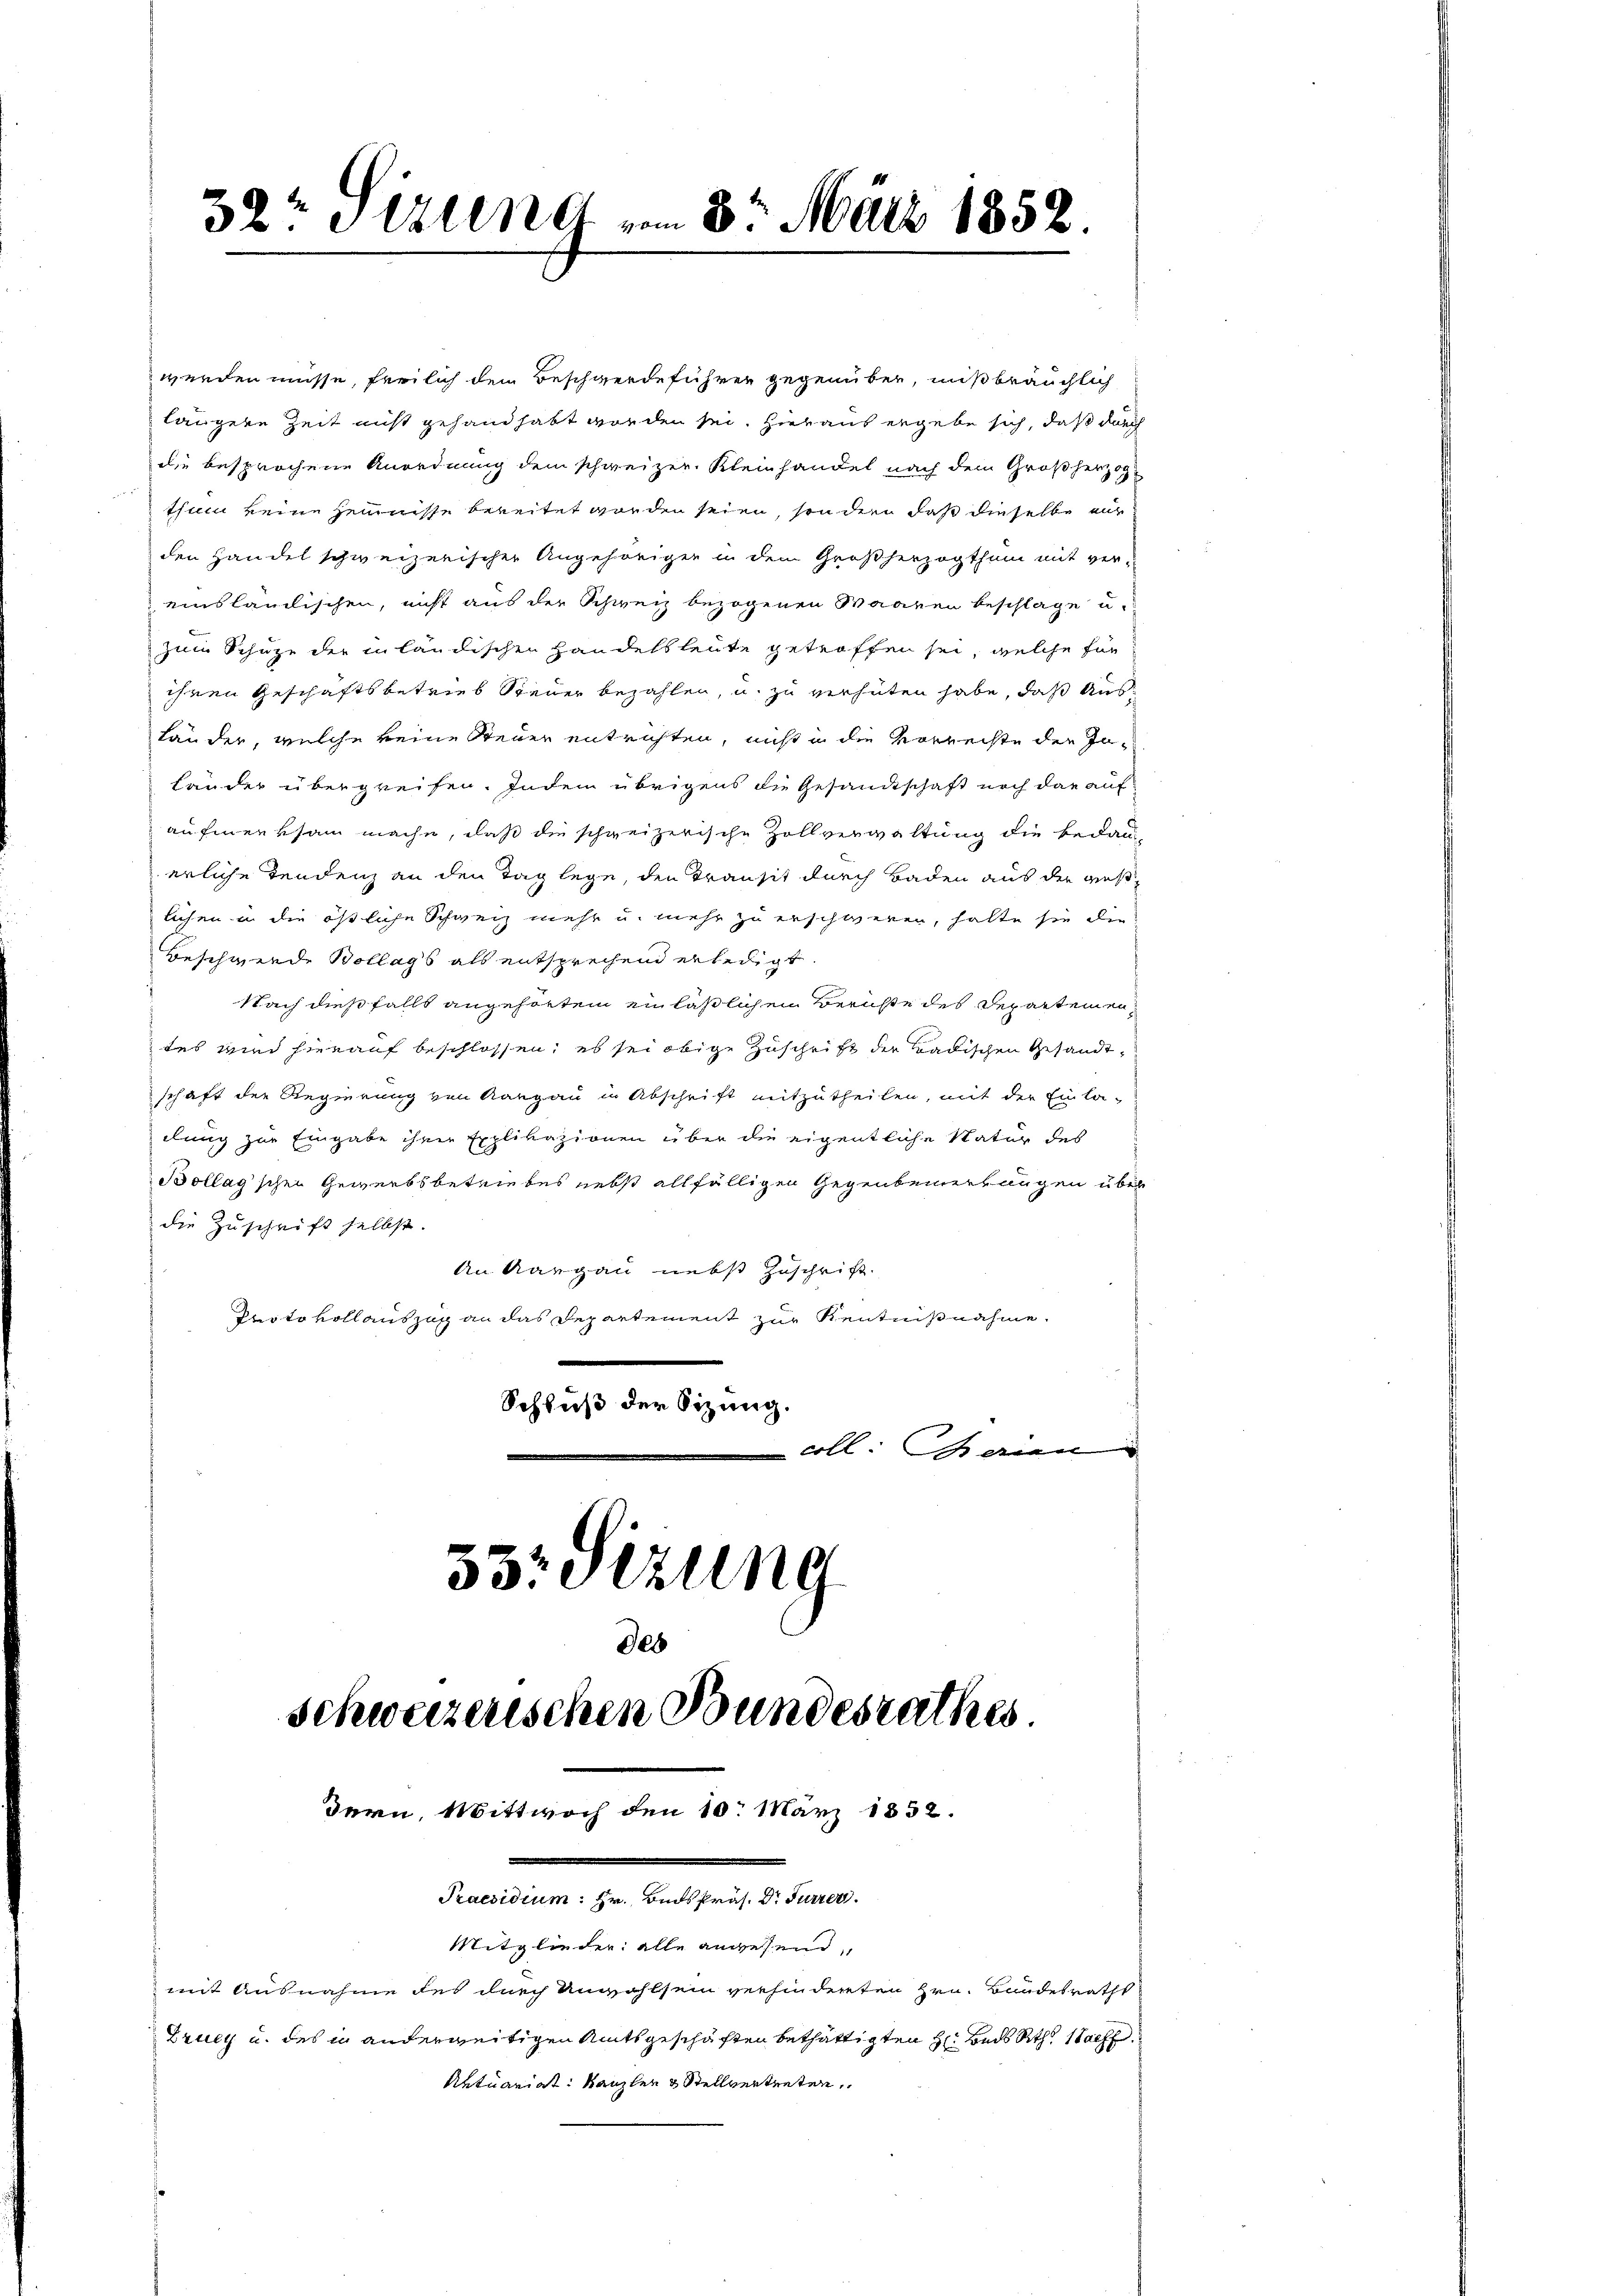
werden müsse, freilich dem Beschwerdeführer gegenüber, mißbräuchlich
längere Zeit nicht gehandhabt worden sei. Hieraus ergebe sich, daß durch
die besprochene Anordnung dem schweizer. Kleinhandel nach dem Großherzog
thum keine Hemisse bereitet worden seien, sondern daß dieselbe au
den Handel schweizerischen Angehöriger in dem Großherzogthum mit ver-
einsländischen, nicht aus der Schweiz bezogenen Waaren beschlage u.
zum Schuze der in ländischen Handelsleute getroffen sei, welche für
ihren Geschäftsbetrieb Steuer bezahlen, u. zu verhüten habe, daß Ausländer, welche keine Steuer entrichten, nicht in die Vorrechte der Jo¬
Länder übergreifen. Indem übrigens die Gesandtschaft noch darauf
aufmerksam mache, daß die schweizerische Zollverwaltung die bedau-
erliche Tendenz an den Tag lege, den Transit durch Baden aus der ges
lichen in die östliche Schweiz mehr u. mehr zu erschweren, hatte sie die
Beschwerde Bollags als entsprechend erledigt.
Nach dießfalls angehörten ein läßlichen Berichte des Departemen
tes wird hierauf beschlossen, es sei obige Zuschrift der Badischen Gesandtschaft der Regierung von Aargau in Abschrift mitzutheilen, mit der Einla-
dlung zur Eingabe ihrer Explivazionen über die eigentliche Natur des
Bollag'schen Gewerbsbetriebes nebst allfälligen Gegenbemerkungen über
die Zuschrift selbst.
An Aargau nebst Zuschrift.
Protokollauszug an das Departement zur Kenntnißnahme.
Schluß der Sitzung.
coll. Maien
53: Sizung

32. Sitzung vom 8. März 1852.

Praesidium: Hr. Buds Präs. Dr Furrer.
Mitglieder: alle angesend,

des
schweizerischen Bundesrathes.
dern, Mittwoch den 10. März 1832.

mit Ausnahme des durch Unwahlsein verhinderten Hrn. Bundesraths
Druz u. des in anderweitigen Amtsgeschäften bethätigten H. Bads Rth. Stoff
Antuariat: Kanzler & Stellvertreten,